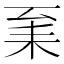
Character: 𦓩